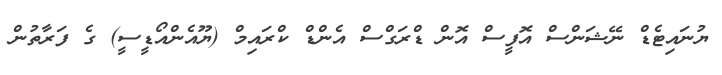
ޔުނައިޓެޑް ނޭޝަންސް އޮފީސް އޮން ޑްރަގްސް އެންޑް ކްރައިމް (ޔޫއެންއޯޑީސީ) ގެ ފަރާތުން